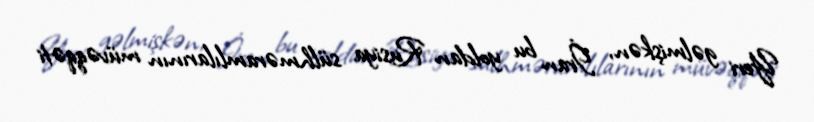
Yeri gəlmişkən, İran bu yoldan Rusiya sülhməramlılarının müvəqqəti